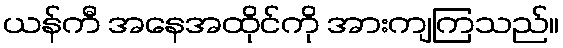
ယန်ကီ အနေအထိုင်ကို အားကျကြသည်။